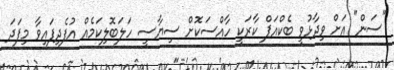
"ސަން" އަށް ވިދާޅުވީ ބެކްއަޕް ކާރަކީ ހާއްސަކޮށް ސިޔާސީ ހަލަބޮލިކަމެއް އުފެދިފައިވާ މިފަދަ